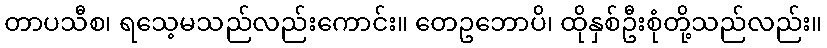
တာပသီစ၊ ရသေ့မသည်လည်းကောင်း။ တေဥဘောပိ၊ ထိုနှစ်ဦးစုံတို့သည်လည်း။